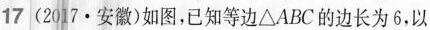
17(2017·安徽)如图，已知等边△ABC的边长为6，以